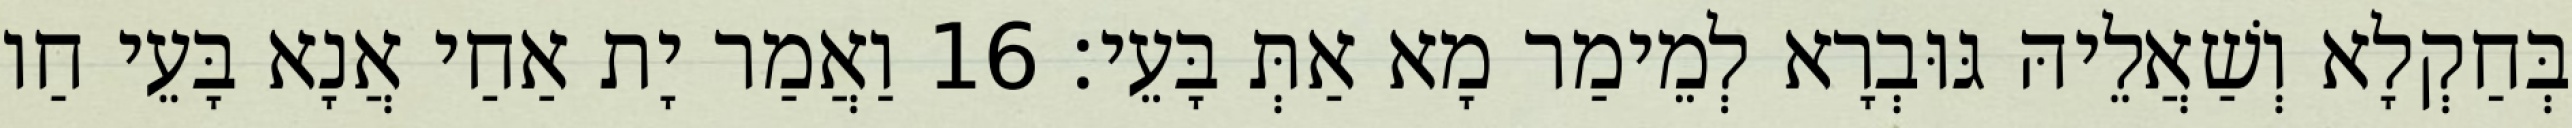
בְּחַקְלָא וְשַׁאֲלֵיהּ גּוּבְרָא לְמֵימַר מָא אַתְּ בָּעֵי׃ 16 וַאֲמַר יָת אַחַי אֲנָא בָּעֵי חַו